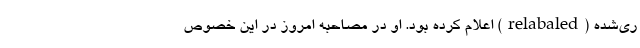
ری‌شده (relabaled) اعلام کرده بود. او در مصاحبه امروز در این خصوص